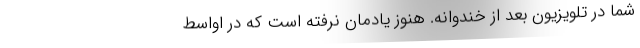
شما در تلویزیون بعد از خندوانه. هنوز یادمان نرفته است که در اواسط